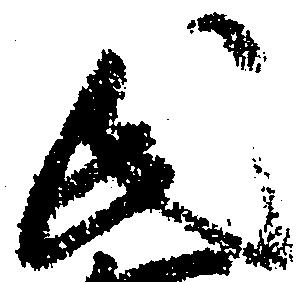
氏